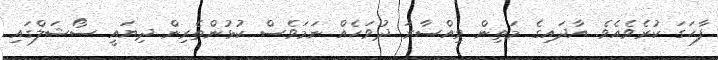
ފާހަގަ ކުރެވެއެވެ. އާދައިގެ މަތިން ވިއްސާރަ ދުވަހެއް ނަމަވެސް ކުޅުންތެރިން ދިޔައީ ސޯޝަލްގައި